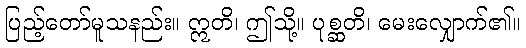
ပြည့်တော်မူသနည်း။ ဣတိ၊ ဤသို့။ ပုစ္ဆတိ၊ မေးလျှောက်၏။